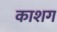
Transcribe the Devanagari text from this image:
काशग